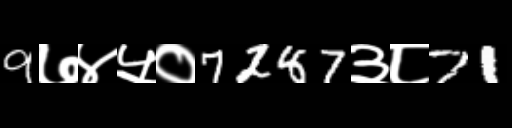
Text: 9७४५०7287३८71